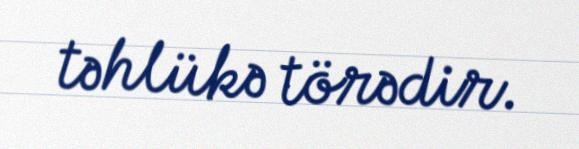
təhlükə törədir.